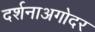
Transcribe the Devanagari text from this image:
दर्शनाअगोदर